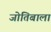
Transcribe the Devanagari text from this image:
जोतिबाला